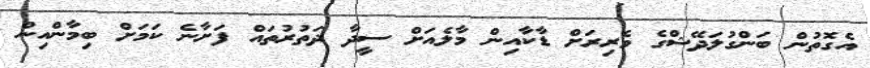
އެގޮތުން ބަންގުލަދޭޝްގެ ވެރިރަށް ޑާކާއިން މާލެއަށް ސީދާ ދަތުރުތައް ފަށާނެ ކަމަށް ބިމާންއިން